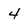
Character: 4